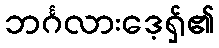
ဘင်္ဂလားဒေ့ရှ်၏